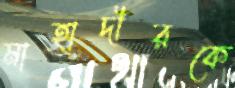
মাহাদীরকে